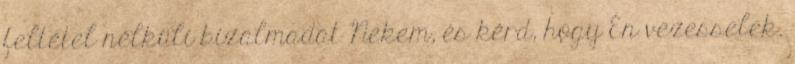
feltétel nélküli bizalmadat Nekem, és kérd, hogy Én vezesselek.